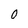
Character: O